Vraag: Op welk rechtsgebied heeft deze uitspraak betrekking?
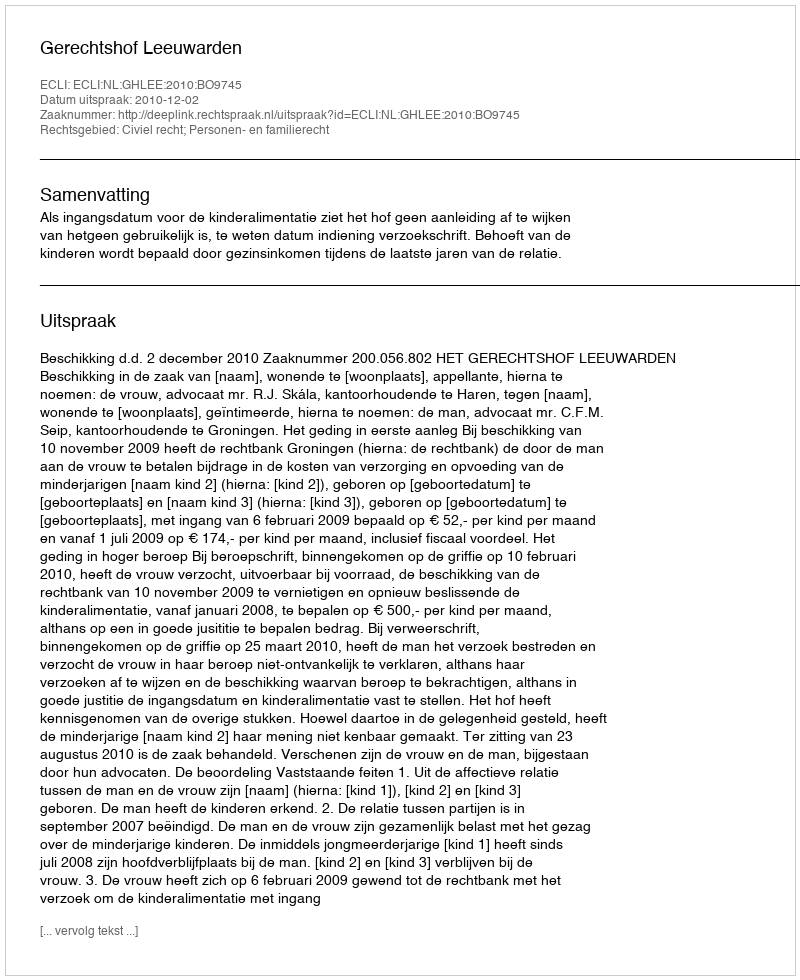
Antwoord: Civiel recht; Personen- en familierecht